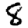
Digit: 8